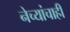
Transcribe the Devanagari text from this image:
नेच्यांचाही